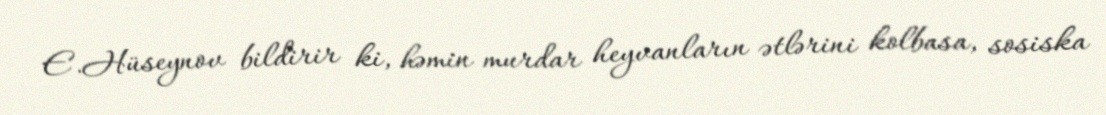
E.Hüseynov bildirir ki, həmin murdar heyvanların ətlərini kolbasa, sosiska